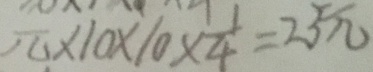
\pi \times 1 0 \times 1 0 \times \frac { 1 } { 4 } = 2 5 \pi